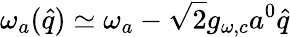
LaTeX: \omega_{a}(\hat{q})\simeq\omega_{a}-\sqrt{2}g_{\omega,c}a^{0}\hat{q}